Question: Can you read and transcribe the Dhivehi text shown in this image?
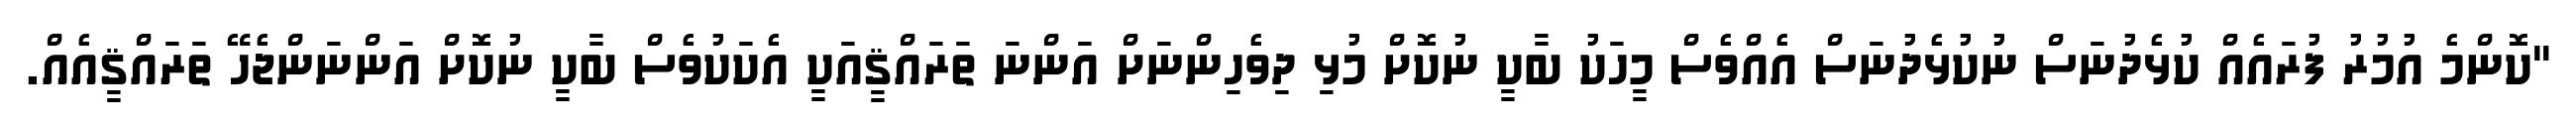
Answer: "ކޮންމެ އުމުރު ފުރައެއް ކުޅެދުނަސް ނުކުޅެދުނަސް އެއްވެސް މީހަކު ބާކީ ނުކޮށް މުޅި ދިވެހިންނަށް އަންނަ ތަރައްޤީއަކީ އެކަކުވެސް ބާކީ ނުކޮށް އަންނަންޖެހޭ ތަރައްޤީއެއް.